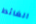
الغائط